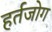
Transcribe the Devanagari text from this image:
हर्तजोग